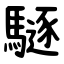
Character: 䮱